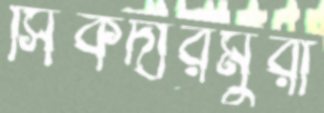
সিকদারমুরা